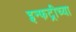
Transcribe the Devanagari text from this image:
इन्फट्रीच्या